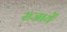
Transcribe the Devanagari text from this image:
राजायें